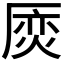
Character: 𠪌